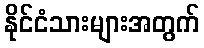
နိုင်ငံသားများအတွက်